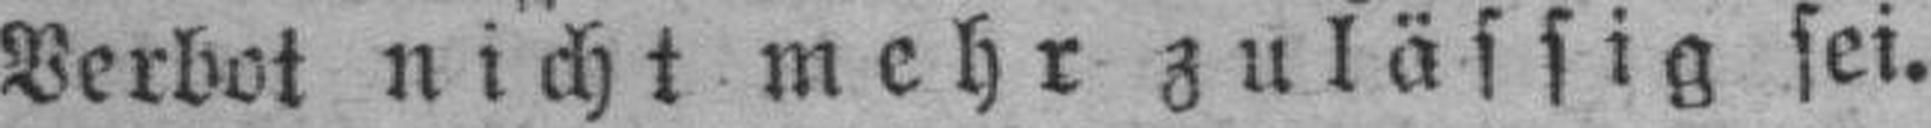
Verbot nicht mehr zulässig sei.